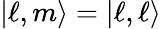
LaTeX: |\ell,m\rangle=|\ell,\ell\rangle